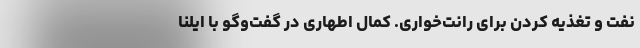
نفت و تغذیه کردن برای رانت‌خواری. کمال اطهاری در گفت‌وگو با ایلنا